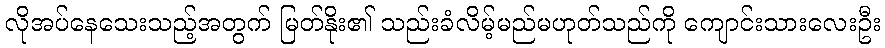
လိုအပ်နေသေးသည့်အတွက် မြတ်နိုး၏ သည်းခံလိမ့်မည်မဟုတ်သည်ကို ကျောင်းသားလေးဦး